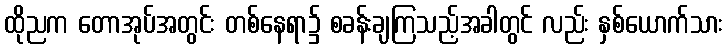
ထိုညက တောအုပ်အတွင်း တစ်နေရာ၌ စခန်းချကြသည့်အခါတွင် လည်း နှစ်ယောက်သား